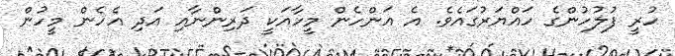
ހުރީ ފުލުހުންގެ ހައްޔަރުގައެވެ. އެ އަންހެން މީހާއަކީ ދަރިންނާއި އަދި އެހެން މީހުން